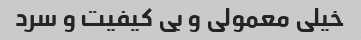
خیلی معمولی و بی کیفیت و سرد